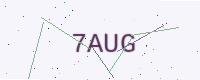
Text: 7AUG